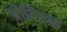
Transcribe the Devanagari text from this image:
प्रोटिएस